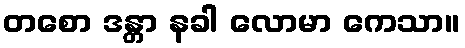
တစော ဒန္တာ နခါ လောမာ ကေသာ။